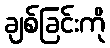
ချစ်ခြင်းကို